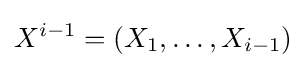
X^{i-1}=(X_{1},\ldots ,X_{i-1})